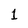
Character: 1